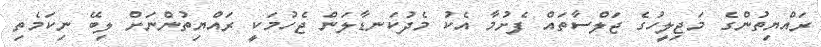
ރައްޔިތުންގެ މަޖިލީހުގެ ޖަލްސާތައް ފެށުމާ އެކު މެދުކަނޑާލަން ޖެހުމަކީ ރައްޔިތުންނަށް ލިބޭ ނިކަމެތި